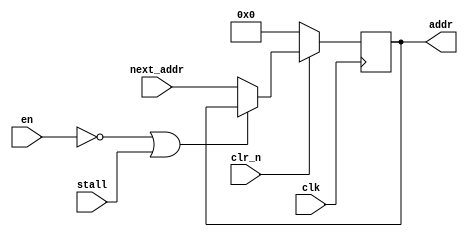
module PC(clk, en, clr_n, next_addr, stall, addr);
  input clk, en, clr_n, stall;
  input [31:0]next_addr;
  output reg [31:0]addr;
  
  always @(posedge clk) begin
    if(~clr_n)
      addr <= 32'd0;
    else if(~en || stall)
      addr <= addr;
    else
      addr <= next_addr;
  end
endmodule